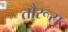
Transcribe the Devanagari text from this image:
तौरूस्